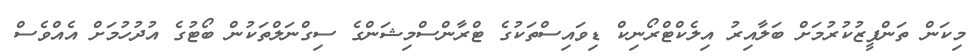
މިކަން ތަންފީޒުކުރުމަށް ބަލާއިރު އިލެކްޓްރޯނިކް ޑިވައިސްތަކުގެ ޓްރާންސްމިޝަންގެ ސިގްނަލްތަކުން ބޯޓުގެ އުދުހުމަށް އެއްވެސް